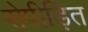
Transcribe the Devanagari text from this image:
सेपीड़ित